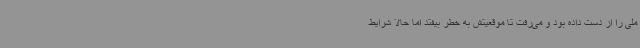
ملی را از دست داده بود و می‌رفت تا موقعیتش به خطر بیفتد اما حالا شرایط